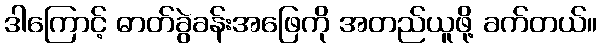
ဒါကြောင့် ဓာတ်ခွဲခန်းအဖြေကို အတည်ယူဖို့ ခက်တယ်။